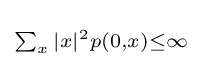
\scriptstyle \sum _{x}|x|^{2}p(0,x)\leq \infty